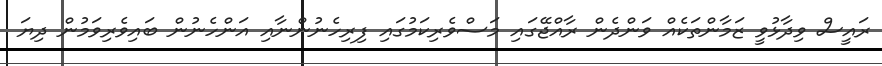
ރައީސް ވިދާޅުވީ ޒަމާންތަކެއް ވަންދެން ރާއްޖޭގައި މަސްވެރިކަމުގައި ފިރިހެނުންނާއި އަންހެނުން ބައިވެރިވަމުން ދިޔަ